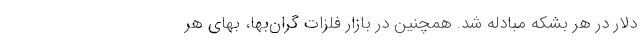
دلار در هر بشکه مبادله شد. همچنین در بازار فلزات گران‌بها، بهای هر